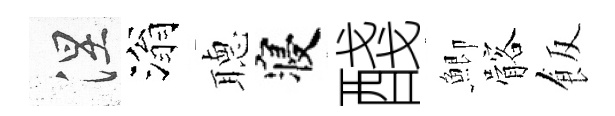
涅滃𦗟寝醆鯽髂飯